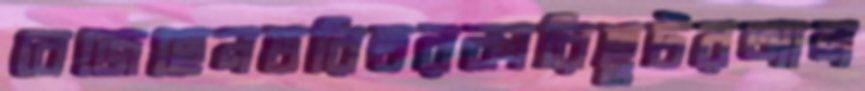
বেজেছেনতরিতরকারিছুটরআল